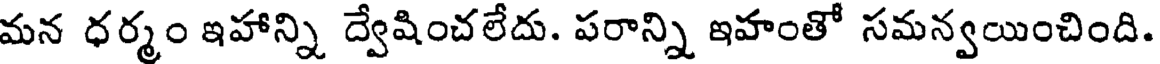
మన ధర్మం ఇహాన్ని ద్వేషించలేదు. పరాన్ని ఇహంతో సమన్వయించింది.